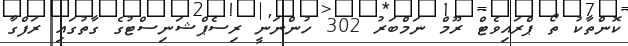
ކޮންތާކު ތޯ ޕްރައިވެޓް ރޫމް ނަމްބަރު 302 ހުންނަނީ ރިސެޕްޝަނިސްޓުގެ ގާތުގައި ރަފްގާ